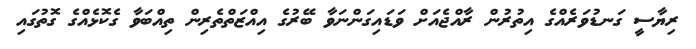
ރިޔާސީ ގަނޑުވަރެއްގެ އިތުރުން ރާއްޖެއަށް ވަޑައިގަންނަވާ ބޭރުގެ އިއްޒަތްތެރިން ތިއްބަވާ ގެކޮޅެއްގެ ގޮތުގައި